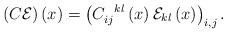
LaTeX: \begin{align*}\left(C\mathcal{E}\right)\left(x\right)=\left(C_{ij}^{\:\;\;kl}\left(x\right)\mathcal{E}_{kl}\left(x\right)\right)_{i,j}.\end{align*}